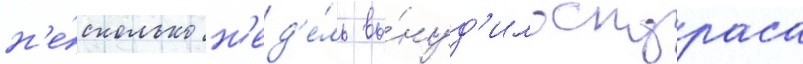
н'е́сколько н'ед'е́ль вы́нуд'ило скураса